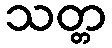
သတ္တ